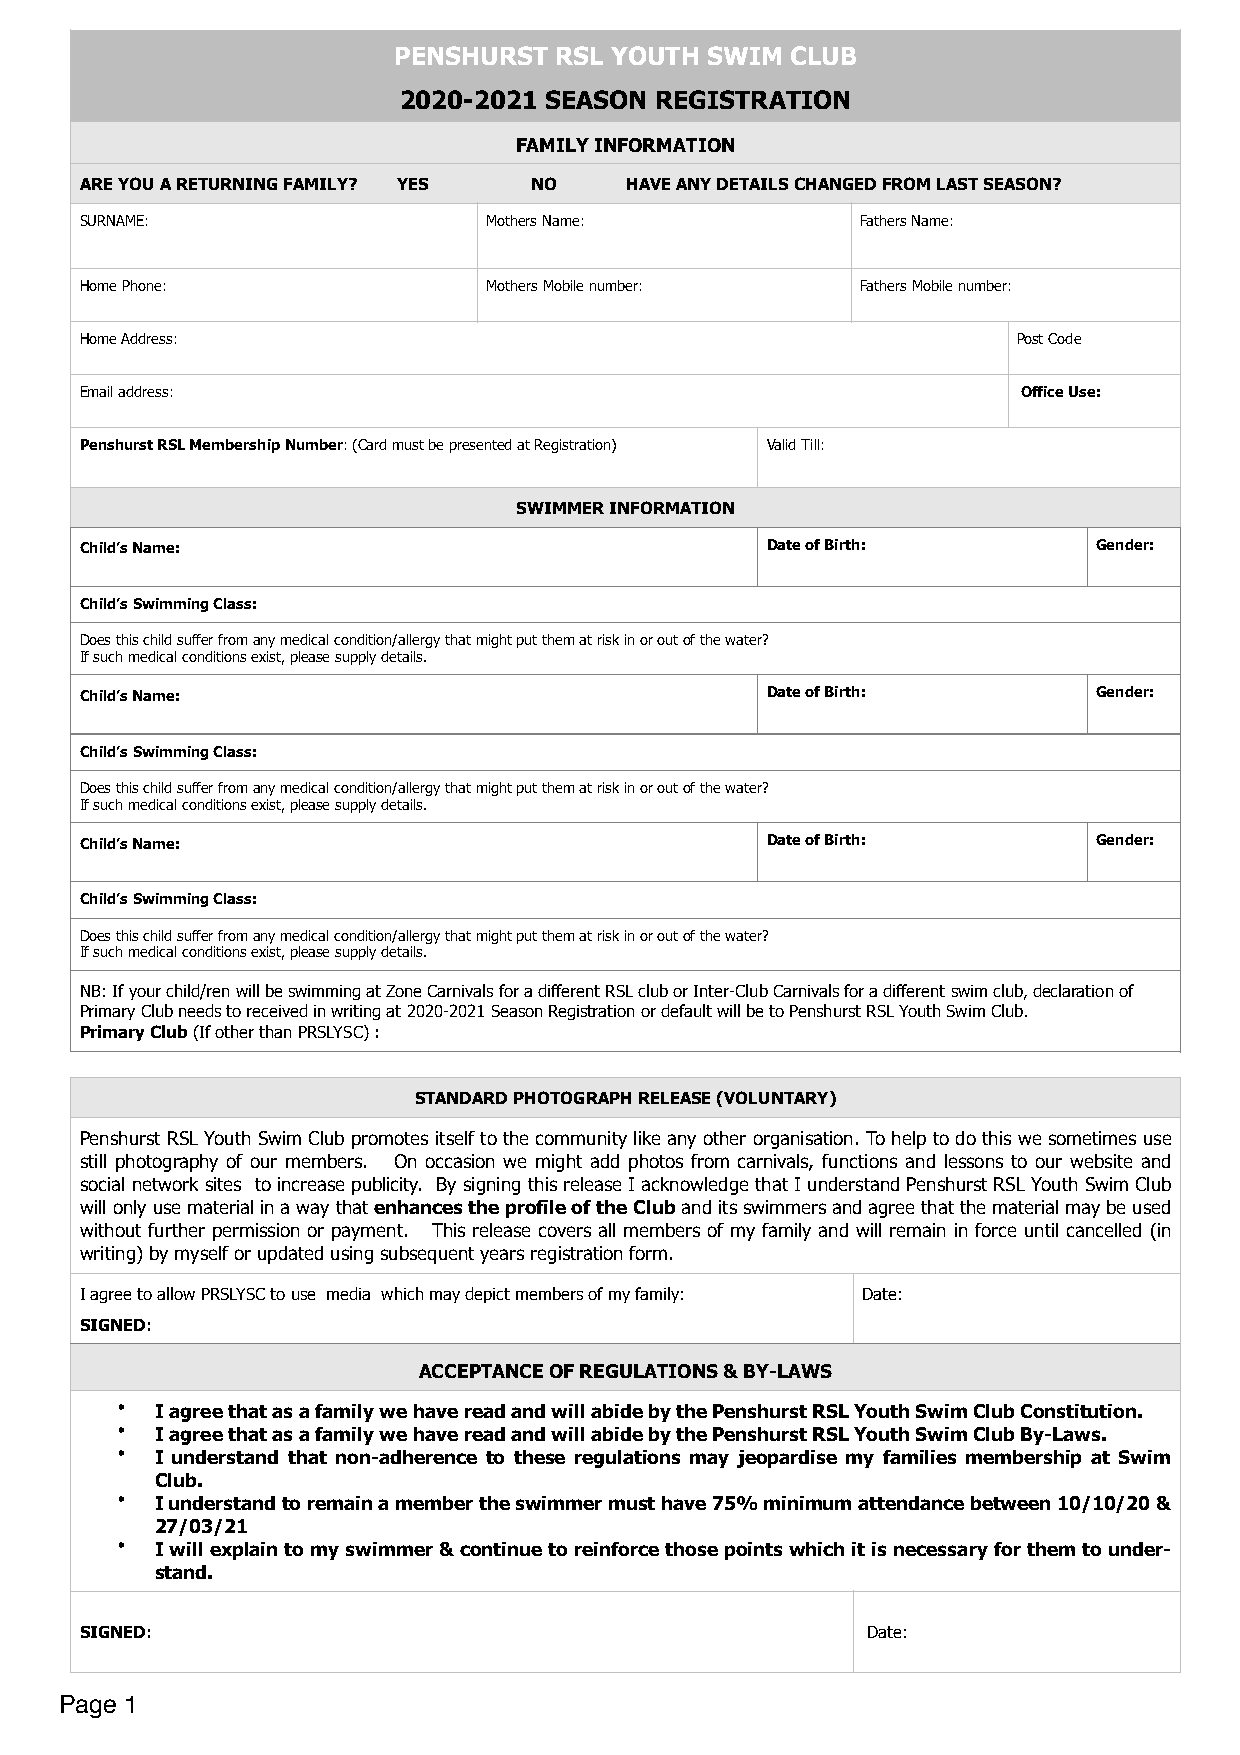
PENSHURST  RSL YOUTH SWIM CLUB
 2020-2021 SEASON REGISTRATION
 FAMILY INFORMATION
 ARE YOU A RETURNING FAMILY? YES NO  HAVE ANY DETAILS CHANGED FROM LAST SEASON?
 SURNAME:                   Mothers Name:            Fathers Name:
 Home Phone:                Mothers Mobile number:   Fathers Mobile number:
 Home Address:                                                 Post Code
 Email address:                                                 Office Use:
 Penshurst RSL Membership Number: (Card must be presented at Registration) Valid Till:
 SWIMMER INFORMATION
 Child’s Name:                                 Date of Birth:        Gender:
 Child’s Swimming Class:
 Does this child suffer from any medical condition/allergy that might put them at risk in or out of the water?
 If such medical conditions exist, please supply details.
 Child’s Name:                                 Date of Birth:        Gender:
 Child’s Swimming Class:
 Does this child suffer from any medical condition/allergy that might put them at risk in or out of the water?
 If such medical conditions exist, please supply details.
 Child’s Name:                                 Date of Birth:        Gender:
 Child’s Swimming Class:
 Does this child suffer from any medical condition/allergy that might put them at risk in or out of the water?
 If such medical conditions exist, please supply details.
 NB: If your child/ren will be swimming at Zone Carnivals for a different RSL club or Inter-Club Carnivals for a different swim club, declaration of
 Primary Club needs to received in writing at 2020-2021 Season Registration or default will be to Penshurst RSL Youth Swim Club.
 Primary Club (If other than PRSLYSC) :
 STANDARD PHOTOGRAPH RELEASE (VOLUNTARY)
 Penshurst RSL Youth Swim Club promotes itself to the community like any other organisation. To help to do this we sometimes use
 still photography of our members. On occasion we might add photos from carnivals, functions and lessons to our website and
 social network sites to increase publicity. By signing this release I acknowledge that I understand Penshurst RSL Youth Swim Club
 will only use material in a way that enhances the profile of the Club and its swimmers and agree that the material may be used
 without further permission or payment. This release covers all members of my family and will remain in force until cancelled (in
 writing) by myself or updated using subsequent years registration form.
 I agree to allow PRSLYSC to use media which may depict members of my family: Date:
 SIGNED:
 ACCEPTANCE OF REGULATIONS & BY-LAWS
 • I agree that as a family we have read and will abide by the Penshurst RSL Youth Swim Club Constitution.
 • I agree that as a family we have read and will abide by the Penshurst RSL Youth Swim Club By-Laws.
 • I understand that non-adherence to these regulations may jeopardise my families membership at Swim
 Club.
 • I understand to remain a member the swimmer must have 75% minimum attendance between 10/10/20 &
 27/03/21
 • I will explain to my swimmer & continue to reinforce those points which it is necessary for them to under-
 stand.
 SIGNED:                                             Date:
 Page 1